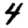
Digit: 4